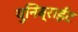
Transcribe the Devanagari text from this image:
युनिब्राईट